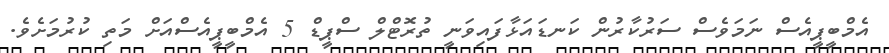
އެމްބީޕީއެސް ނަމަވެސް ސަރުކާރުން ކަނޑައަޅާފައިވަނީ ތުރޮޓްލް ސްޕީޑް 5 އެމްބީޕީއެސްއަށް މަތި ކުރުމަށެވެ.